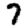
Digit: 7